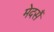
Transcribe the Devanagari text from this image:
मेदसैं